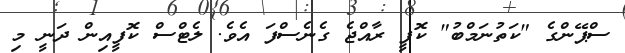
ސްޕޭންގެ "ކަތުނަމްބު" ކޮފީ ރާއްޖެ ގެނެސްފަ އެވެ. ލެޓްސް ކޮފީއިން ދަނީ މި